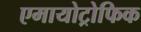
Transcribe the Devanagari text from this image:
एमायोट्रोफिक